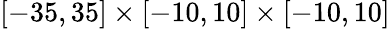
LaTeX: [-35,35]\times[-10,10]\times[-10,10]